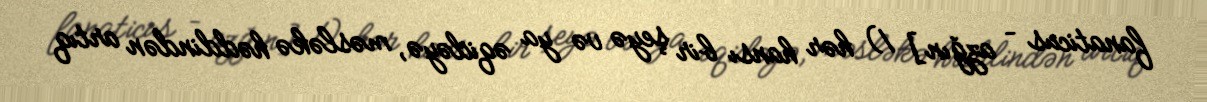
fanaticus – azğın] 1) hər hansı bir şeyə və ya əqidəyə, məsləkə həddindən artıq